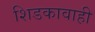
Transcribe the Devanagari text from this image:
शिडकावाही